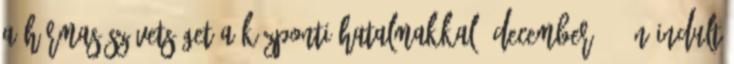
a hármas szövetséget a központi hatalmakkal. December 28-án indult